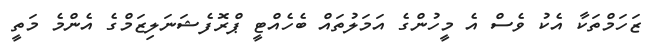
ޒަހަމްތަކާ އެކު ވެސް އެ މީހުންގެ އަމަލުތައް ބެހެއްޓީ ޕްރޮފެޝަނަލިޒަމްގެ އެންމެ މަތީ